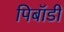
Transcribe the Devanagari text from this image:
पिबॉडी